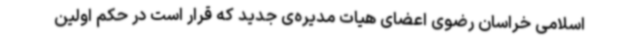
اسلامی خراسان رضوی اعضای هیات مدیره‌ی جدید که قرار است در حکم اولین